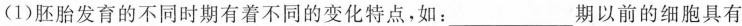
(1)胚胎发育的不同时期有着不同的变化特点，如：___期以前的细胞具有